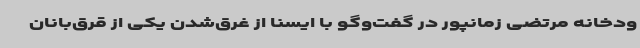
ودخانه مرتضی زمانپور در گفت‌وگو با ایسنا از غرق‌شدن یکی از قرق‌بانان